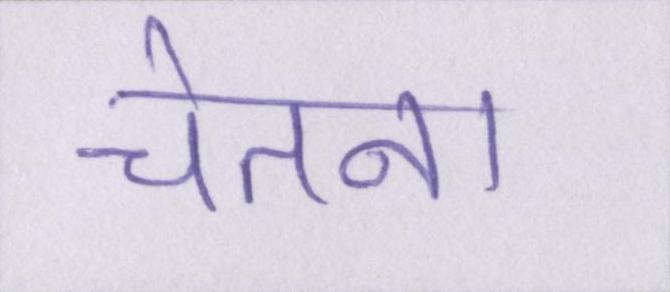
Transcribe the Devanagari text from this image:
चेतना